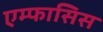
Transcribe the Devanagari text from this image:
एम्फासिस